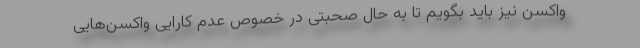
واکسن نیز باید بگویم تا به حال صحبتی در خصوص عدم کارایی واکسن‌هایی